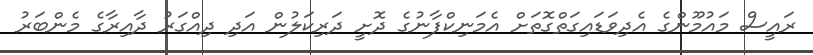
ރައީސް މައުމޫންގެ އެދިވަޑައިގަތްގޮތަށް އެމަނިކްފާނުގެ ދޮށީ ދަރިކަލުން އަދި ދިއްގަރު ދާއިރާގެ މެންބަރު